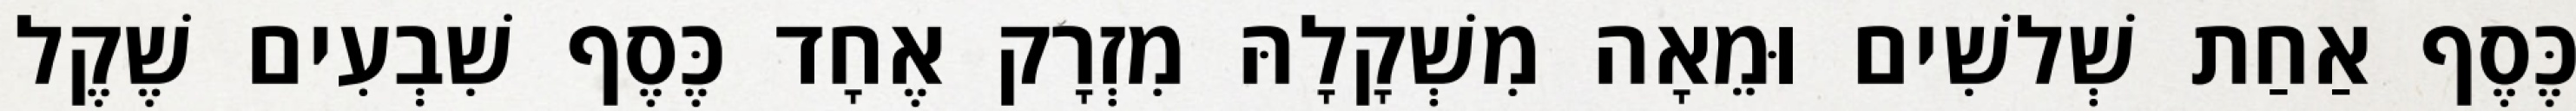
כֶּסֶף אַחַת שְׁלשִׁים וּמֵאָה מִשְׁקָלָהּ מִזְרָק אֶחָד כֶּסֶף שִׁבְעִים שֶׁקֶל